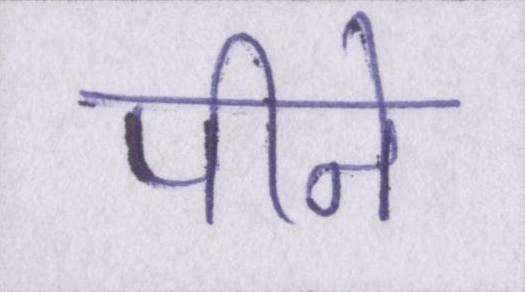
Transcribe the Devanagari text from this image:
पीने